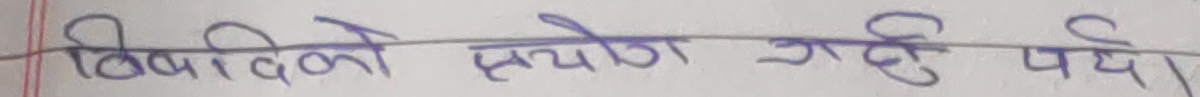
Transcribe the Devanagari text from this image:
विविको प्रयोग गर्दा